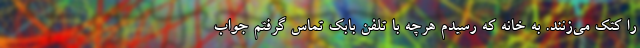
را کتک می‌زنند. به خانه که رسیدم هرچه با تلفن بابک تماس گرفتم جواب